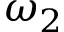
\omega _ { 2 }